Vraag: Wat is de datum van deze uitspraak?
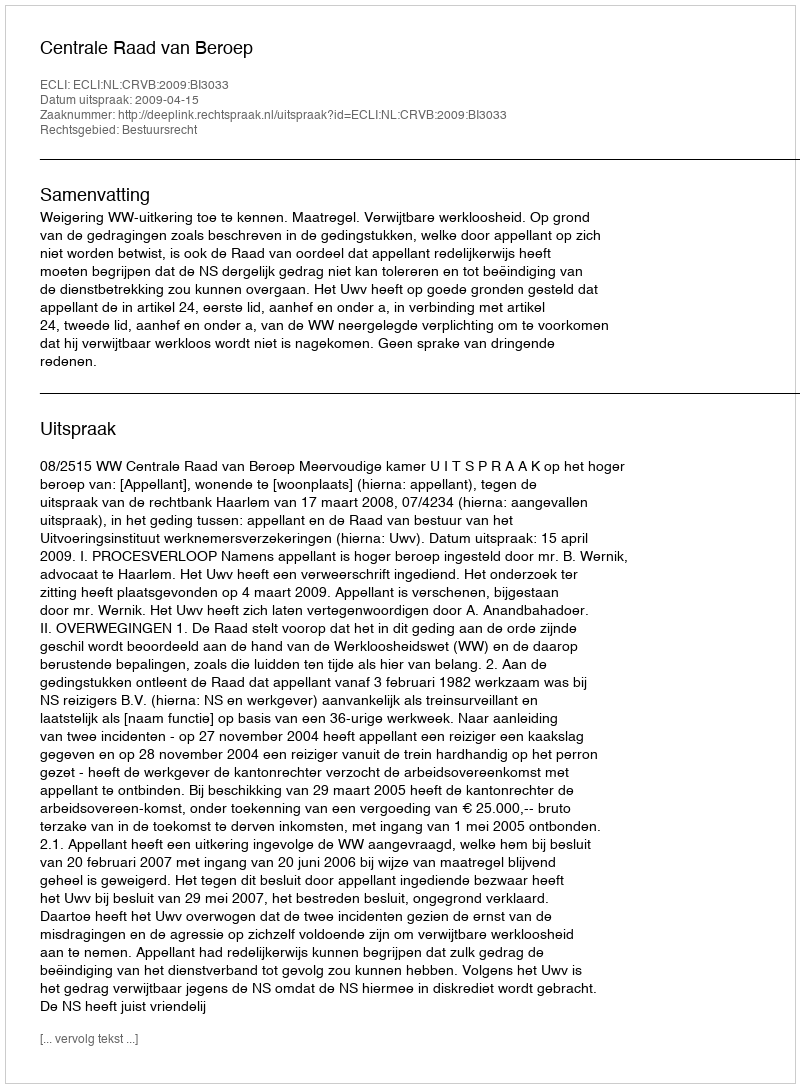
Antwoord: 2009-04-15